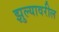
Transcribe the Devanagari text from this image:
झुल्यावरील